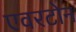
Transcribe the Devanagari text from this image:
एवरटोन